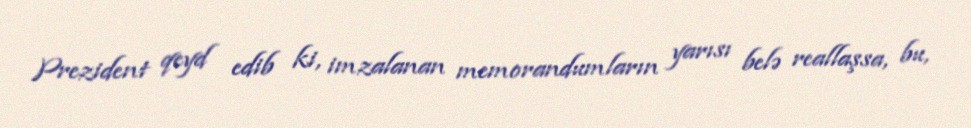
Prezident qeyd edib ki, imzalanan memorandumların yarısı belə reallaşsa, bu,